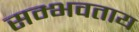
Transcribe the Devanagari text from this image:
सम्भवताय